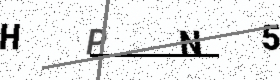
Text: HPN5